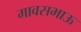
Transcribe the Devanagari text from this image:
मावसभाऊ